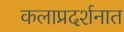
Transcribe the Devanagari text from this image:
कलाप्रदर्शनात